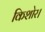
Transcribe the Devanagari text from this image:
किशोर।